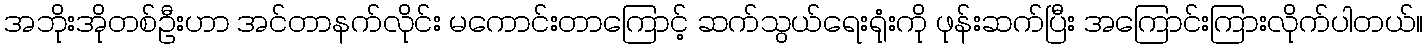
အဘိုးအိုတစ်ဦးဟာ အင်တာနက်လိုင်း မကောင်းတာကြောင့် ဆက်သွယ်ရေးရုံးကို ဖုန်းဆက်ပြီး အကြောင်းကြားလိုက်ပါတယ်။